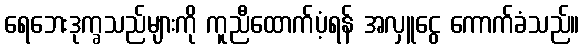
ရေဘေးဒုက္ခသည်များကို ကူညီထောက်ပံ့ရန် အလှူငွေ ကောက်ခံသည်။